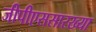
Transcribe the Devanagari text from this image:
जीपीएससारख्या